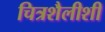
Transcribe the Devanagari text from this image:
चित्रशैलीशी